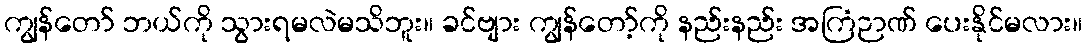
ကျွန်တော် ဘယ်ကို သွားရမလဲမသိဘူး။ ခင်ဗျား ကျွန်တော့်ကို နည်းနည်း အကြံဉာဏ် ပေးနိုင်မလား။